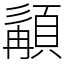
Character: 𩓿